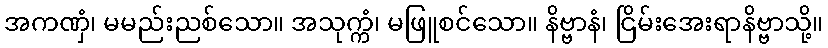
အကဏှံ၊ မမည်းညစ်သော။ အသုက္ကံ၊ မဖြူစင်သော။ နိဗ္ဗာနံ၊ ငြိမ်းအေးရာနိဗ္ဗာသို့။